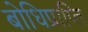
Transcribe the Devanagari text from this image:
बोधिप्राप्ति